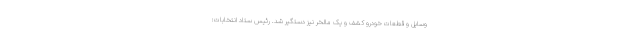
وسایل و قطعات خودرو کشف و یک مالخر نیز دستگیر شد. رئیس ستاد انتخابات: